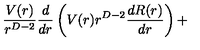
\frac { V ( r ) } { r ^ { D - 2 } } \frac { d } { d r } \left( V ( r ) r ^ { D - 2 } \frac { d R ( r ) } { d r } \right) +